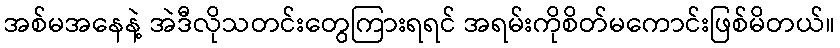
အစ်မအနေနဲ့ အဲဒီလိုသတင်းတွေကြားရရင် အရမ်းကိုစိတ်မကောင်းဖြစ်မိတယ်။